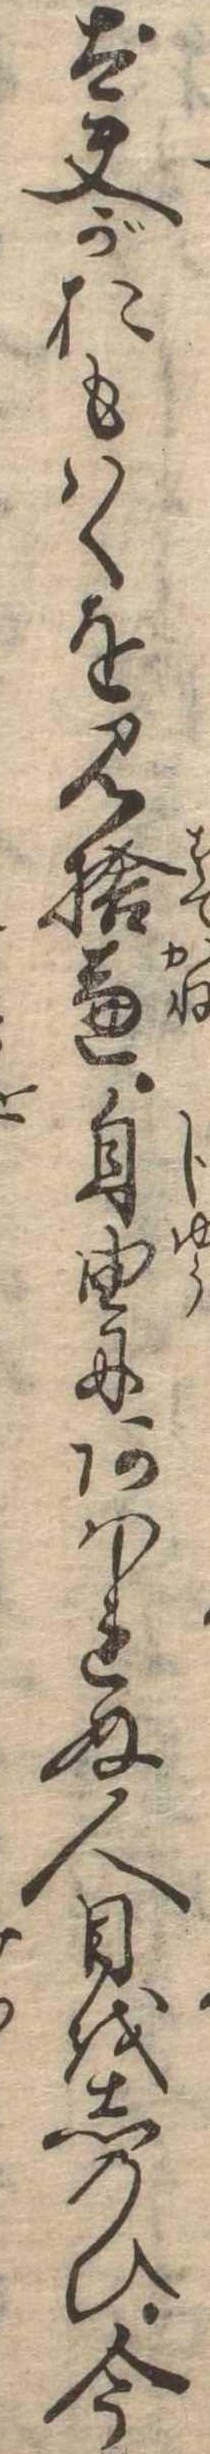
太夫がおもはくを見捨兼自由にあはれぬ人目をしのひ今